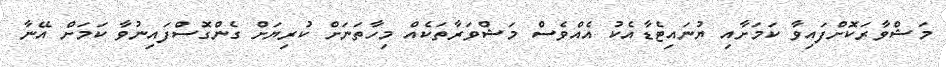
މަޝްވާރަކޮށްފައިވާ ކަމަށާއި ޔުނައިޓެޑާއެކު އެއްވެސް މަޝްވަރާތަކެއް މިހާތަނަށް ކުރިޔަށް ގެންގޮސްފައިނުވާ ކަމަށް އޭނާ